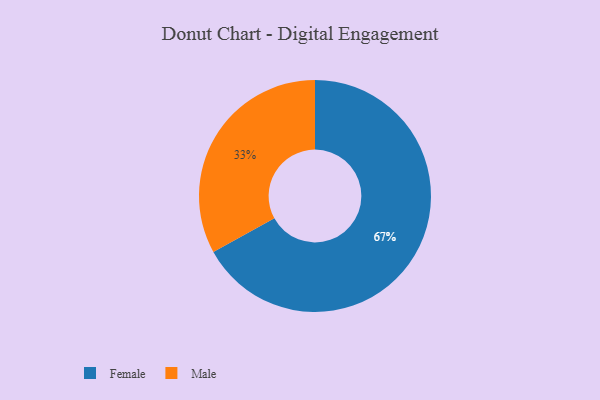
{"axis": {"x": "Category", "y": "Percentage"}, "legend": ["Female", "Male"], "data": [{"x": "Male", "y": 33, "type": "Male"}, {"x": "Female", "y": 67, "type": "Female"}]}